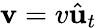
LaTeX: \mathbf{v}=v{\hat{\mathbf{u}}}_{t}